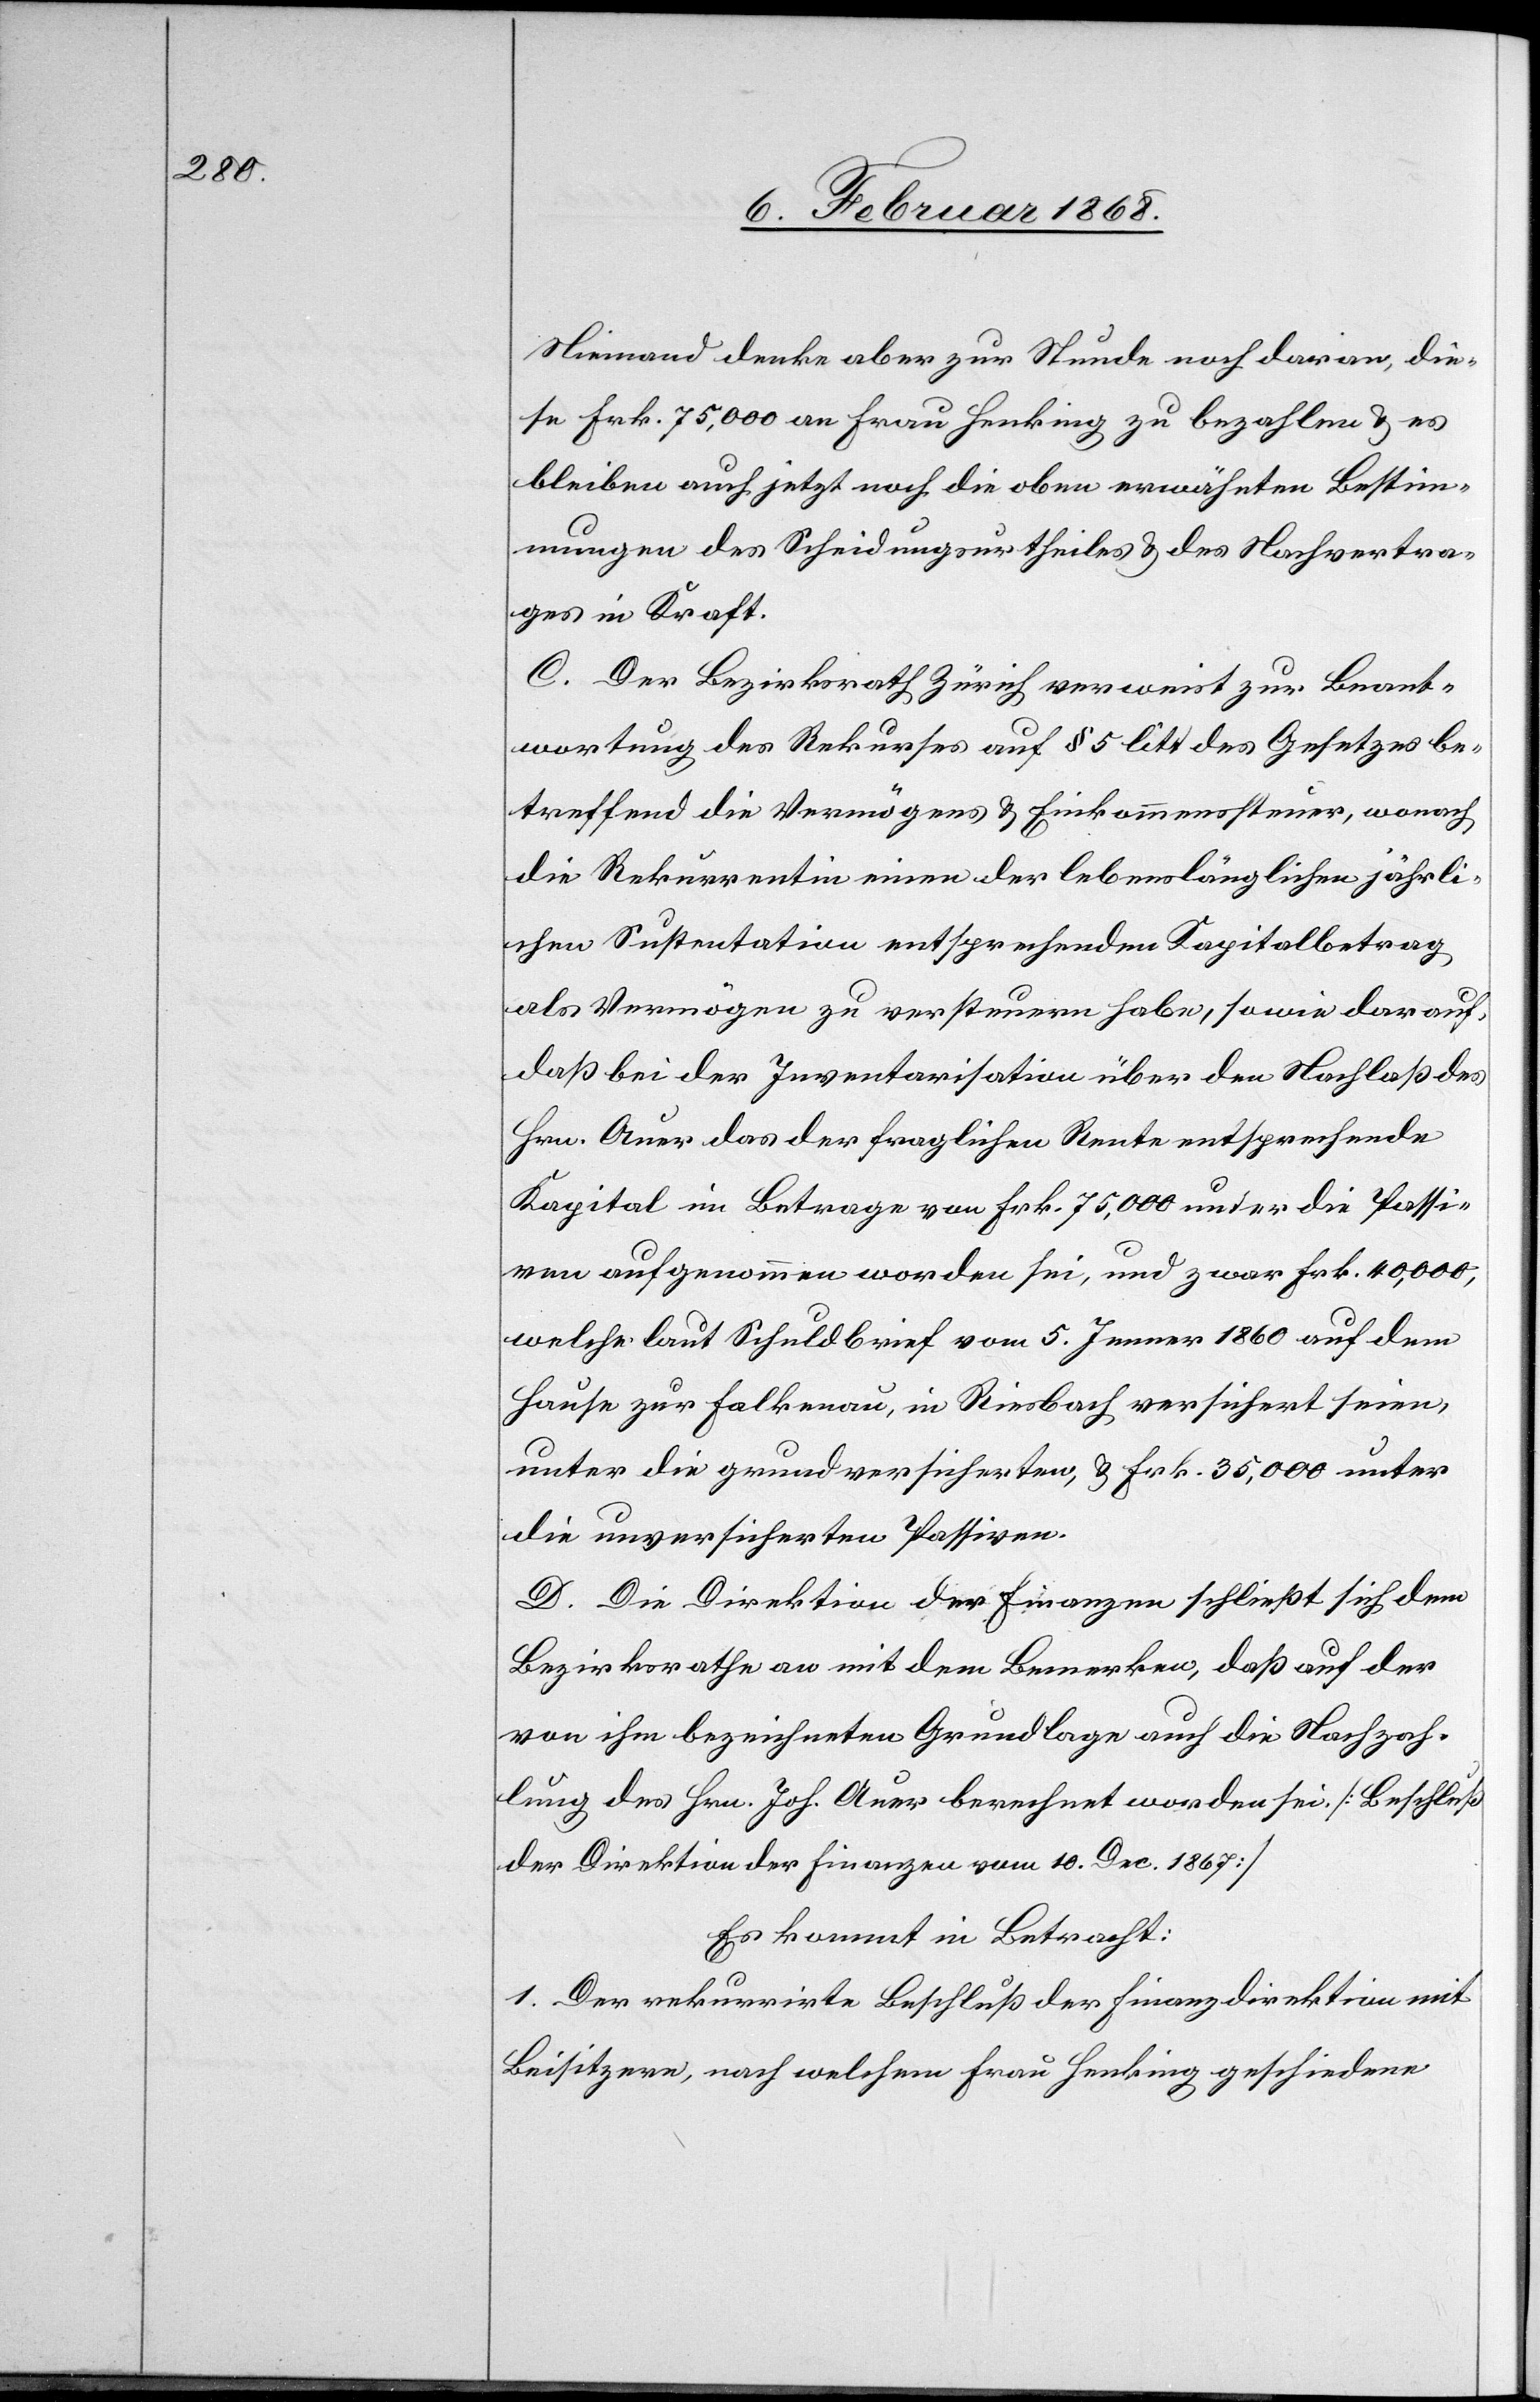
Niemand denke aber zur Stunde noch daran, die¬
se Frk. 75,000 an Frau Henking zu bezahlen & es
bleiben auch jetzt noch die oben erwähnten Bestim¬
mungen des Scheidungsurtheiles & des Nachvertra¬
ges in Kraft.
C. Der Bezirksrath Zürich verweist zur Beant¬
wortung des Rekurses auf § 5 litt des Gesetzes be¬
treffend die Vermögens[-] & Einkommenssteuer, wonach
die Rekurrentin einen der lebenslänglichen jährli¬
chen Sustentation entsprechenden Kapitalbetrag
als Vermögen zu versteuern habe, sowie darauf,
daß bei der Inventarisation über den Nachlaß des
Hrn. Auer das der fraglichen Rente entsprechende
Kapital im Betrage von Frk. 75,000 unter die Passi¬
ven aufgenommen worden sei, und zwar Frk. 40,000,
welche laut Schuldbrief vom 5. Jenner 1860 auf dem
Hause zur Falkenau, in Riesbach versichert seien,
unter die grundversicherten, & Frk. 35,000 unter
die unversicherten Passiven.
D. Die Direktion der Finanzen schließt sich dem
Bezirksrathe an mit dem Bemerken, daß auf der
von ihm bezeichneten Grundlage auch die Nachzah¬
lung des Hrn. Joh. Auer berechnet worden sei. [Beschluß
der Direktion der Finanzen vom 10. Dec. 1867]
Es kommt in Betracht:
1. Der rekurrirte Beschluß der Finanzdirektion mit
Beisitzern, nach welchem Frau Henking geschiedene